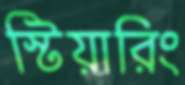
স্টিয়ারিং